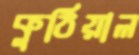
কুঠিয়াল